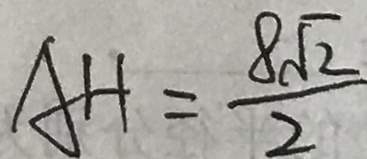
A H = \frac { 8 \sqrt { 2 } } { 2 }